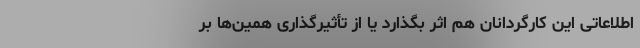
اطلاعاتی این کارگردانان هم اثر بگذارد یا از تأثیرگذاری همین‌ها بر